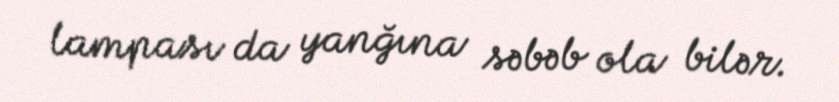
lampası da yanğına səbəb ola bilər.